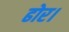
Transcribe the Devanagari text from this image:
ढोर।